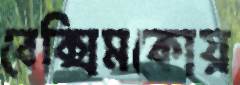
বেক্সিমকোয়